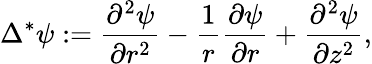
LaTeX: \Delta^{*}\psi:=\frac{\partial^{2}\psi}{\partial r^{2}}-\frac{1}{r}\frac{\partial\psi}{\partial r}+\frac{\partial^{2}\psi}{\partial z^{2}},